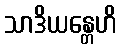
သာဒိယန္တေဟိ